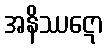
အနိဿဋော